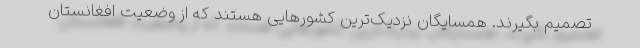
تصمیم بگیرند. همسایگان نزدیک‌ترین کشورهایی هستند که از وضعیت افغانستان